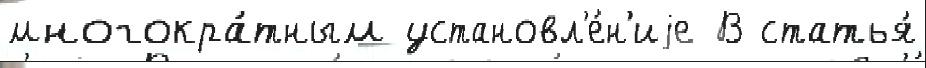
многокра́тным установл'е́н'иjе В статья́